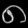
Digit: ၈